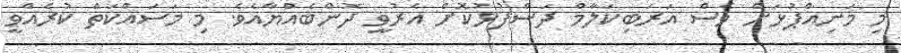
މި މަނިއްޕުޅަށް ވެސް އަރަބިކަލާމް ދަސްފުޅުކޮށް އެރުވީ ދޮންބެއްޔާއެވެ. މި މަސައްކަތް ކުރެއްވީ